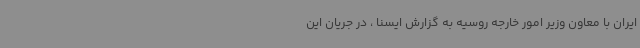
ایران با معاون وزیر امور خارجه روسیه به گزارش ایسنا ، در جریان این